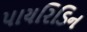
પાયરિડિન